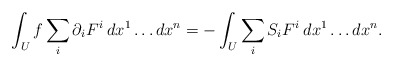
\begin{align*}\int_U f \sum_i \partial_i F^i \: dx^1 \ldots dx^n = - \int_U \sum_i S_i F^i \: dx^1 \ldots dx^n.\end{align*}